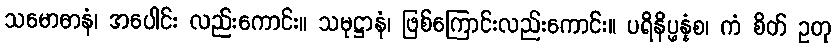
သမောဓာနံ၊ အပေါင်း လည်းကောင်း။ သမုဋ္ဌာနံ၊ ဖြစ်ကြောင်းလည်းကောင်း။ ပရိနိပ္ဖန္နံစ၊ ကံ စိတ် ဥတု